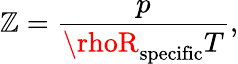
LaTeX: \mathbb{Z}={\frac{{p}}{{\rhoR_{\mathrm{{specific}}}T}}},